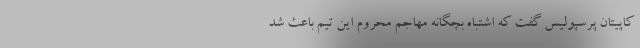
کاپیتان پرسپولیس گفت که اشتباه بچگانه مهاجم محروم این تیم باعث شد